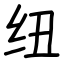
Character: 纽